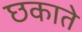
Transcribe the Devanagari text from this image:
छकाते